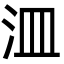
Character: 㳑